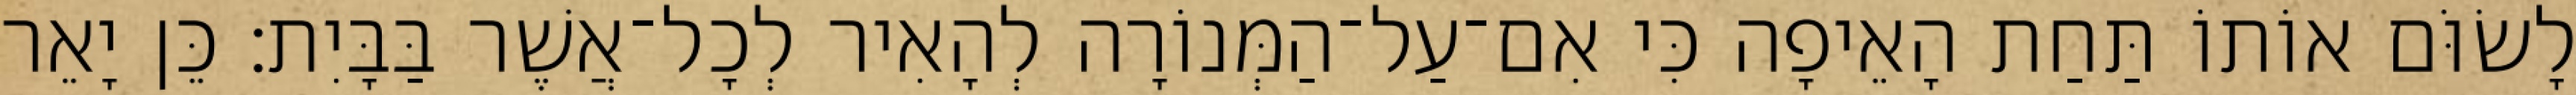
לָשׂוֹּם אוֹתוֹ תַּחַת הָאֵיפָה כִּי אִם־עַל־הַמְּנוֹרָה לְהָאִיר לְכָל־אֲשֶׁר בַּבָּיִת׃ כֵּן יָאֵר